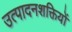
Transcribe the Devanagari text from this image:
उत्पादनशक्तियों